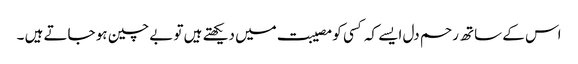
اس کے ساتھ رحم دل ایسے کہ کسی کو مصیبت میں دیکھتے ہیں تو بے چین ہو جاتے ہیں ۔